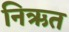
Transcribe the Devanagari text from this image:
निऋत